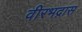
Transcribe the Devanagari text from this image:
वीरभद्रास